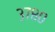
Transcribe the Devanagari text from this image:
३७८०